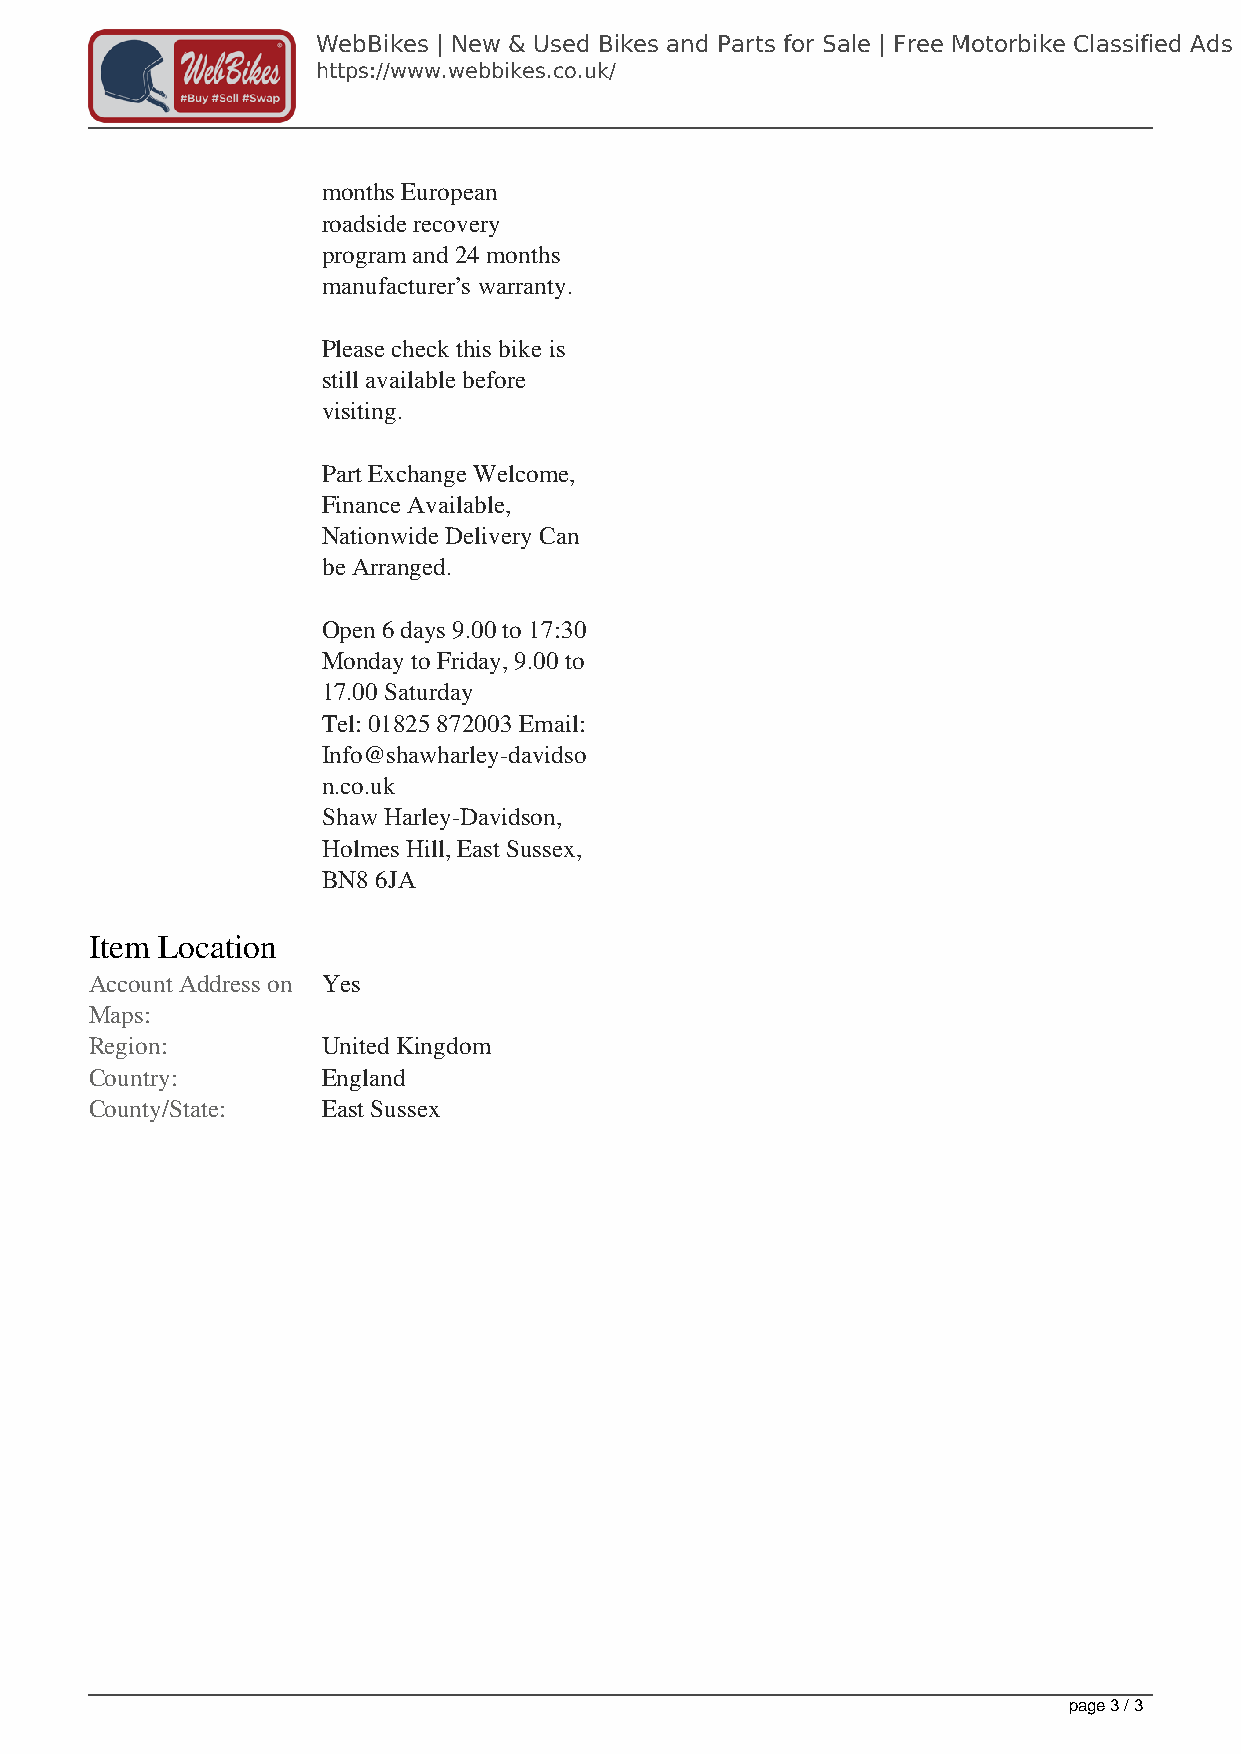
WebBikes | New & Used Bikes and Parts for Sale | Free Motorbike Classified Ads
 https://www.webbikes.co.uk/
 months European
 roadside recovery
 program and 24 months
 manufacturer’s warranty.
 Please check this bike is
 still available before
 visiting.
 Part Exchange Welcome,
 Finance Available,
 Nationwide Delivery Can
 be Arranged.
 Open 6 days 9.00 to 17:30
 Monday to Friday, 9.00 to
 17.00 Saturday
 Tel: 01825 872003 Email:
 Info@shawharley-davidso
 n.co.uk
 Shaw Harley-Davidson,
 Holmes Hill, East Sussex,
 BN8 6JA
 Item Location
 Account Address on Yes
 Maps:
 Region:        United Kingdom
 Country:       England
 County/State:  East Sussex
 page 3 / 3
 Powered by TCPDF (www.tcpdf.org)